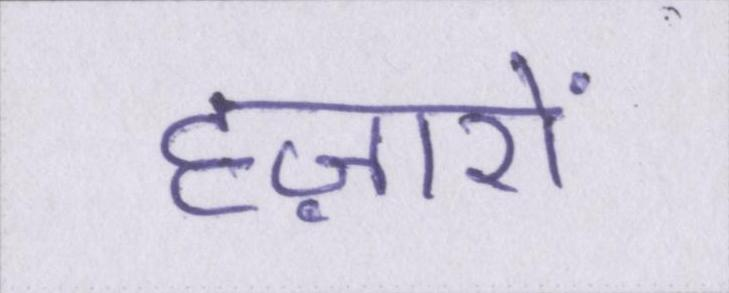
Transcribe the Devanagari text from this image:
हज़ारों